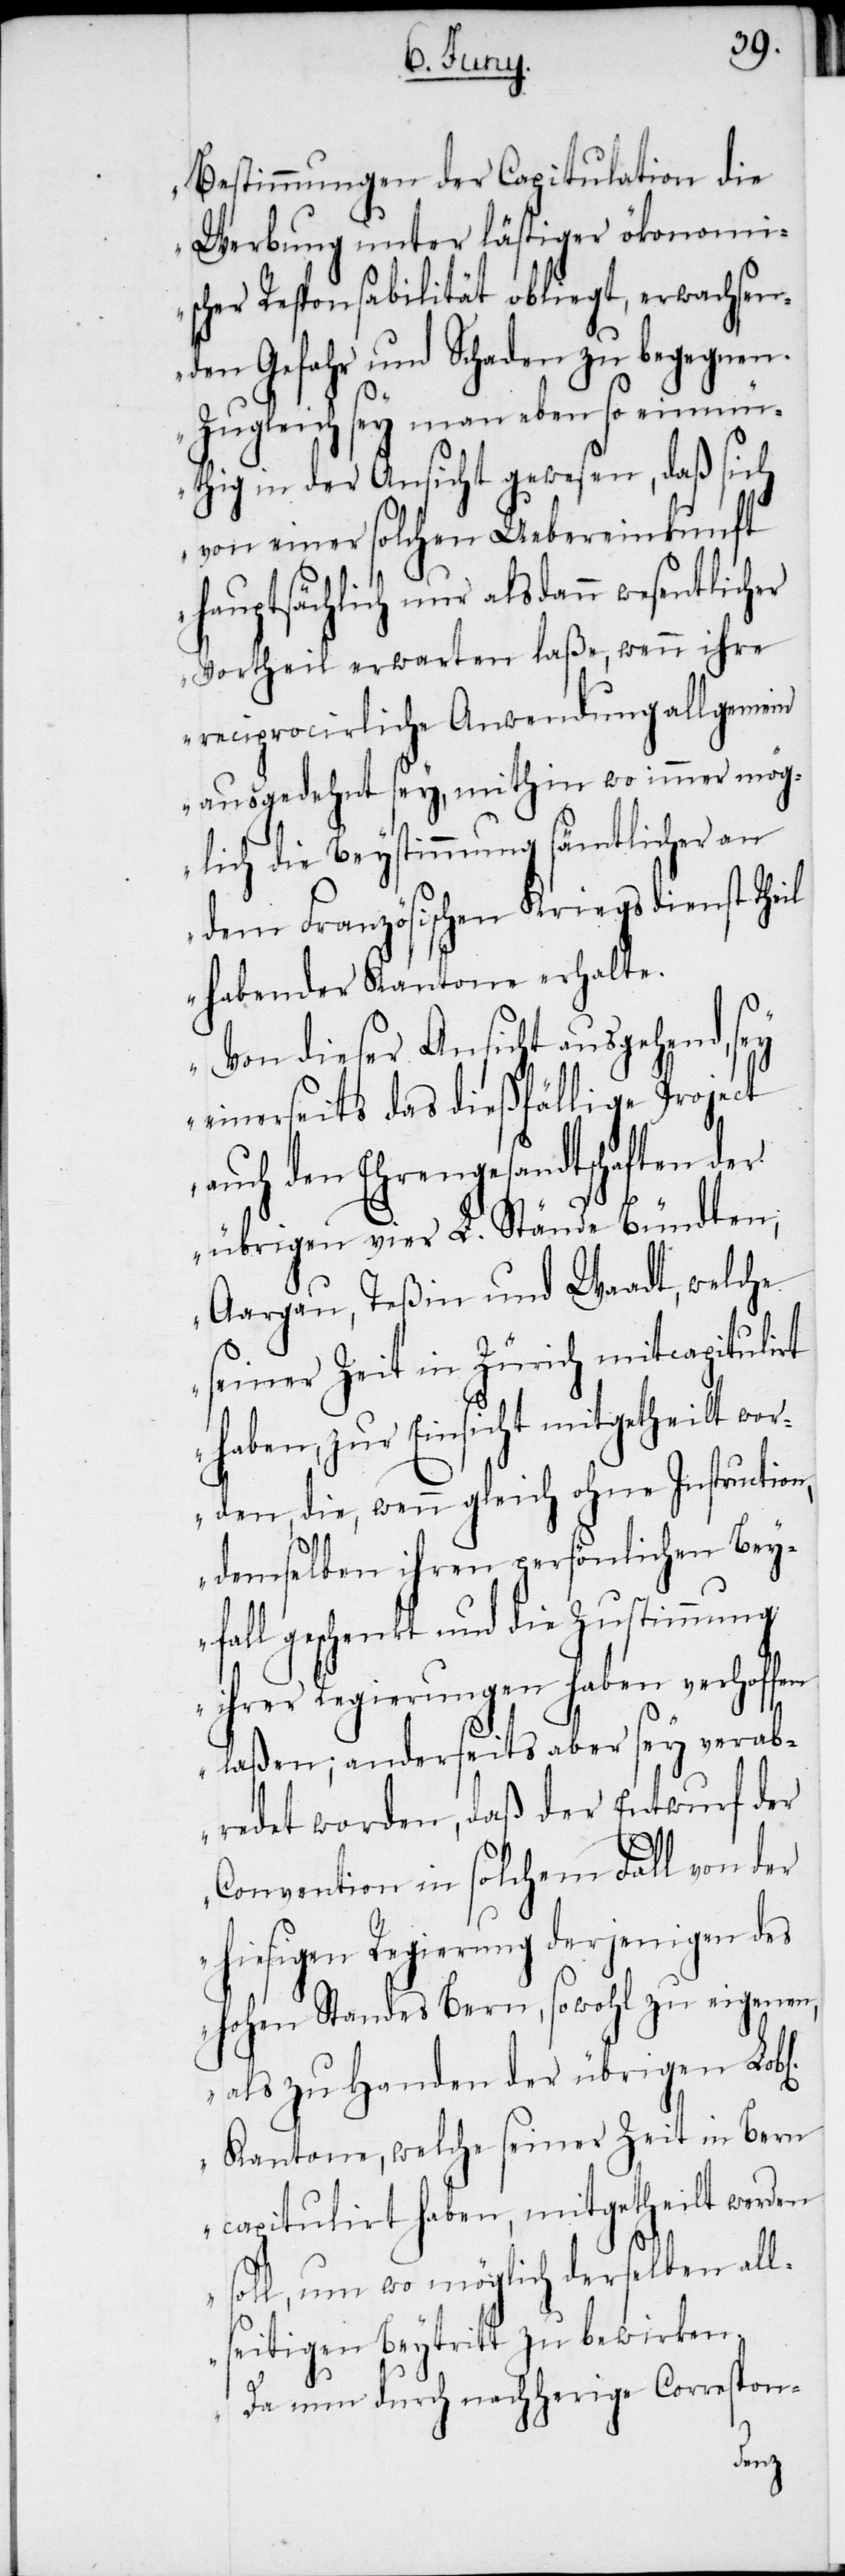
Bestimmungen der Capitulation die
Werbung unter lästiger ökonomi¬
scher Responsabilität obliegt, erwachsen¬
den Gefahr und Schaden zu begegnen.
Zugleich sey man eben so einmü¬
thig in der Ansicht gewesen, daß sich
von einer solchen Uebereinkunft
hauptsächlich nur alsdann wesentlicher
Vortheil erwarten laße, wenn ihre
reciprocirliche Anwendung allgemein
ausgedehnt sey, mithin wo immer mög¬
lich die Beystimmung sämtlicher an
dem Französischen Kriegsdienst
habender Kantone erhalte.
Von dieser Ansicht ausgehend, sey
einerseits das dießfällige Project
auch den Ehrengesandtschaften der
übrigen vier L. Stände Bündten,
Aargau, Teßin und Waadt, welche
seiner Zeit in Zürich mitcapitul¬
hen]
haben, zur Einsicht mitge¬
rden, die, wenn gleich ohne Instructi¬
demselben ihren persönlichen Bey¬
fall geschenkt und die Zustimmung
ihrer Regierungen haben verhoffen
laßen; anderseits aber sey verab¬
redet worden, daß der Entwurf d¬
Convention in solchem Fall von der
hiesigen Regierung derjenigen des
hohen Standes Bern, sowohl zu eigenen,
als zu Handen der übrigen Lob¬
Kantone, welche seiner Zeit in Bern
capitulirt haben, mitgetheilt werden
soll, um wo möglich derselben all¬
seitigen Beytritt zu bewirken.
Da nun durch nachherige Correspon-